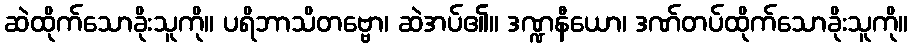
ဆဲထိုက်သောခိုးသူကို။ ပရိဘာသိတဗ္ဗော၊ ဆဲအပ်၏။ ဒဏ္ဍနီယော၊ ဒဏ်တပ်ထိုက်သောခိုးသူကို။